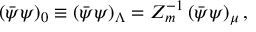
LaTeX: \left( \bar { \psi } \psi \right) _ { 0 } \equiv \left( \bar { \psi } \psi \right) _ { \Lambda } = Z _ { m } ^ { - 1 } \left( \bar { \psi } \psi \right) _ { \mu } ,